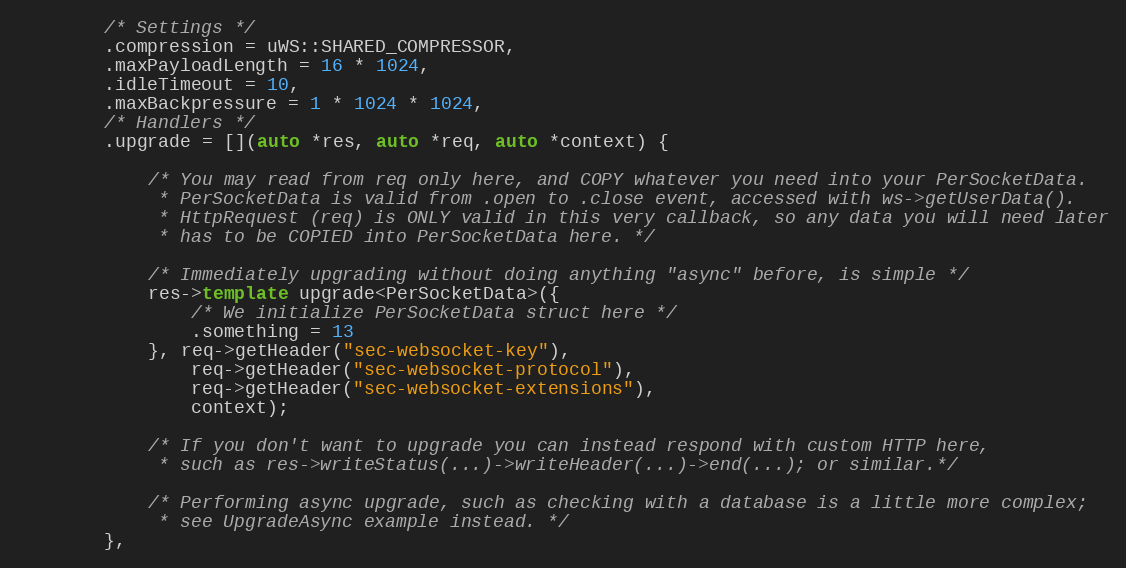
Language: C++
        /* Settings */
        .compression = uWS::SHARED_COMPRESSOR,
        .maxPayloadLength = 16 * 1024,
        .idleTimeout = 10,
        .maxBackpressure = 1 * 1024 * 1024,
        /* Handlers */
        .upgrade = [](auto *res, auto *req, auto *context) {

            /* You may read from req only here, and COPY whatever you need into your PerSocketData.
             * PerSocketData is valid from .open to .close event, accessed with ws->getUserData().
             * HttpRequest (req) is ONLY valid in this very callback, so any data you will need later
             * has to be COPIED into PerSocketData here. */

            /* Immediately upgrading without doing anything "async" before, is simple */
            res->template upgrade<PerSocketData>({
                /* We initialize PerSocketData struct here */
                .something = 13
            }, req->getHeader("sec-websocket-key"),
                req->getHeader("sec-websocket-protocol"),
                req->getHeader("sec-websocket-extensions"),
                context);

            /* If you don't want to upgrade you can instead respond with custom HTTP here,
             * such as res->writeStatus(...)->writeHeader(...)->end(...); or similar.*/

            /* Performing async upgrade, such as checking with a database is a little more complex;
             * see UpgradeAsync example instead. */
        },